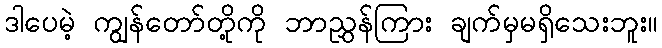
ဒါပေမဲ့ ကျွန်တော်တို့ကို ဘာညွှန်ကြား ချက်မှမရှိသေးဘူး။